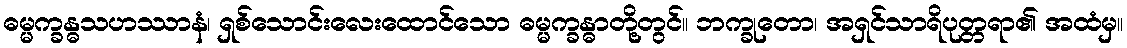
ဓမ္မက္ခန္ဓသဟဿာနံ၊ ရှစ်သောင်းလေးထောင်သော ဓမ္မက္ခန္ဓာတို့တွင်။ ဘက္ခုတော၊ အရှင်သာရိပုတ္တရာ၏ အထံမှ။